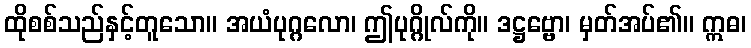
ထိုစစ်သည်နှင့်တူသော။ အယံပုဂ္ဂလော၊ ဤပုဂ္ဂိုလ်ကို။ ဒဋ္ဌဗ္ဗော၊ မှတ်အပ်၏။ ဣဓ၊